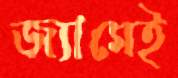
জ্যামেই